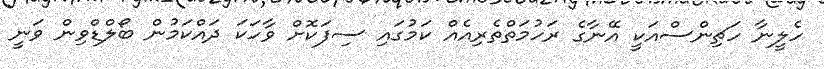
ހެލީނާ ހަޗިންސްއަކީ އޭނާގެ ރަހުމަތްތެރިއެއް ކަމުގައި ސިފަކޮށް ވާހަކަ ދައްކަމުން ބޯލްޑްވިން ވަނީ